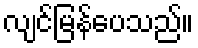
လျင်မြန်ပေသည်။